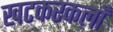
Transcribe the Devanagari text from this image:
खटकरकलाँ